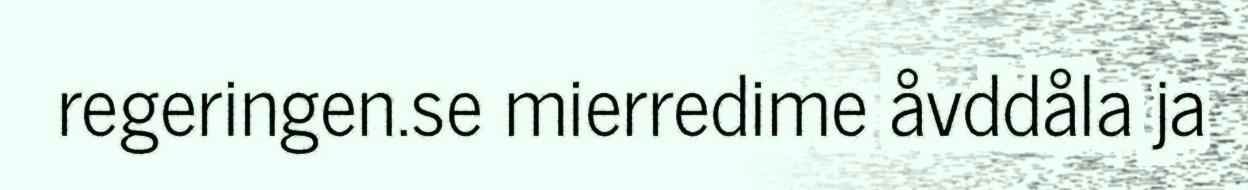
regeringen.se mierredime åvddåla ja